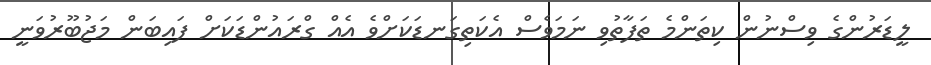
ލީޑަރުންގެ ވިސްނުން ކިތަންމެ ތަފާތުވި ނަމަވެސް އެކަތިގަނޑަކަށްވެ އެއް ގްރައުންޑަކަށް ފައިބަން މަޖުބޫރުވަނީ